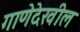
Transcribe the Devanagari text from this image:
गाणेदेखील